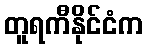
တူရကီနိုင်ငံက